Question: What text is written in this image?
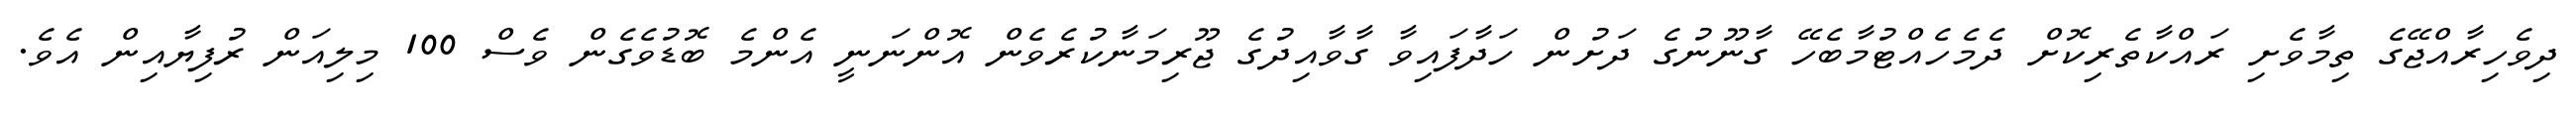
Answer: ދިވެހިރާއްޖޭގެ ތިމާވެށި ރައްކާތެރިކޮށް ދެމެހެއްޓުމާބެހޭ ގާނޫނުގެ ދަށުން ހަދާފައިވާ ގާވާއިދުގެ ޖޫރިމަނާކުރެވެން އޮންނަނީ އެންމެ ބޮޑުވެގެން ވެސް 100 މިލިއަން ރުފިޔާއިން އެވެ.